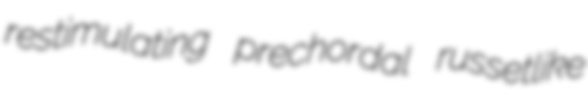
restimulating prechordal russetlike